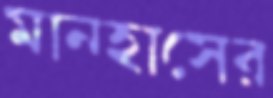
মানহাসের